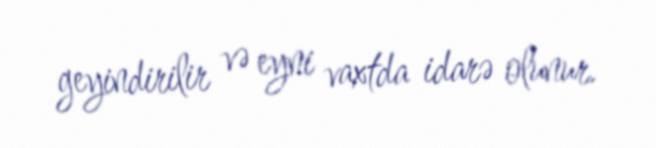
geyindirilir və eyni vaxtda idarə olunur.